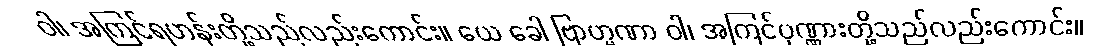
ဝါ၊ အကြင်ရဟန်းတို့သည်လည်းကောင်း။ ယေ ခေါ ဗြာဟ္မဏာ ဝါ၊ အကြင်ပုဏ္ဏားတို့သည်လည်းကောင်း။